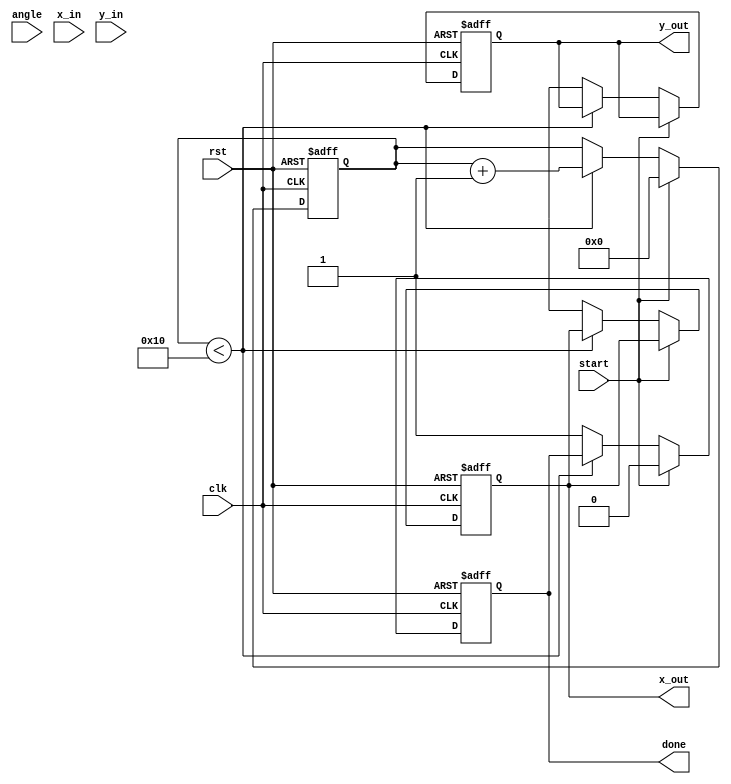
module cordic (
    input wire clk,
    input wire rst,
    input wire start,
    input wire [15:0] angle, // Input angle in fixed-point representation
    input wire [15:0] x_in,   // Input X coordinate
    input wire [15:0] y_in,   // Input Y coordinate
    output reg [15:0] x_out,   // Output X coordinate (cos())
    output reg [15:0] y_out,   // Output Y coordinate (sin())
    output reg done           // Done signal
);

    parameter N = 16; // Number of iterations
    parameter K = 16'h26DD; // Scaling factor (K = 1/sqrt(1 + 2^(-2i)) for i = 0 to N-1)

    reg [15:0] x [0:N-1]; // X values for each iteration
    reg [15:0] y [0:N-1]; // Y values for each iteration
    reg [15:0] angle_table [0:N-1]; // Angle lookup table
    reg [3:0] iteration; // Current iteration count
    reg [15:0] angle_shifted; // Shifted angle for comparison
    reg [15:0] x_temp, y_temp; // Temporary variables for rotation

    // Initialize angle lookup table with atan(2^-i) values
    initial begin
        angle_table[0] = 16'h2000; // atan(1) = /4 in fixed-point
        angle_table[1] = 16'h1000; // atan(1/2) = /6 in fixed-point
        angle_table[2] = 16'h0800; // atan(1/4) = /12 in fixed-point
        angle_table[3] = 16'h0400; // atan(1/8) = /16 in fixed-point
        angle_table[4] = 16'h0200; // atan(1/16) = /32 in fixed-point
        angle_table[5] = 16'h0100; // atan(1/32) = /64 in fixed-point
        angle_table[6] = 16'h0080; // atan(1/64) = /128 in fixed-point
        angle_table[7] = 16'h0040; // atan(1/128) = /256 in fixed-point
        angle_table[8] = 16'h0020; // atan(1/256) = /512 in fixed-point
        angle_table[9] = 16'h0010; // atan(1/512) = /1024 in fixed-point
        angle_table[10] = 16'h0008; // atan(1/1024) = /2048 in fixed-point
        angle_table[11] = 16'h0004; // atan(1/2048) = /4096 in fixed-point
        angle_table[12] = 16'h0002; // atan(1/4096) = /8192 in fixed-point
        angle_table[13] = 16'h0001; // atan(1/8192) = /16384 in fixed-point
        angle_table[14] = 16'h0000; // atan(1/16384) = /32768 in fixed-point
        angle_table[15] = 16'h0000; // atan(1/32768) = /65536 in fixed-point
    end

    // State machine for CORDIC iterations
    always @(posedge clk or posedge rst) begin
        if (rst) begin
            iteration <= 0;
            done <= 0;
            x_out <= 0;
            y_out <= 0;
        end else if (start) begin
            // Initialize inputs
            x[0] <= x_in;
            y[0] <= y_in;
            angle_shifted <= angle;
            iteration <= 0;
            done <= 0;
        end else if (iteration < N) begin
            // Perform rotation
            if (angle_shifted >= 0) begin
                x_temp = x[iteration] - (y[iteration] >> iteration);
                y_temp = y[iteration] + (x[iteration] >> iteration);
                angle_shifted <= angle_shifted - angle_table[iteration];
            end else begin
                x_temp = x[iteration] + (y[iteration] >> iteration);
                y_temp = y[iteration] - (x[iteration] >> iteration);
                angle_shifted <= angle_shifted + angle_table[iteration];
            end
            
            // Store results for next iteration
            x[iteration + 1] <= x_temp;
            y[iteration + 1] <= y_temp;
            iteration <= iteration + 1;
        end else begin
            // Final output after all iterations
            x_out <= x[N];
            y_out <= y[N];
            done <= 1;
        end
    end

endmodule